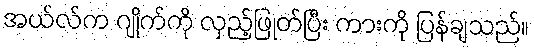
အယ်လ်က ဂျိုက်ကို လှည့်ဖြုတ်ပြီး ကားကို ပြန်ချသည်။